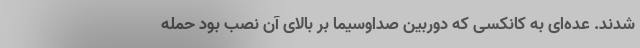
شدند. عده‌ای به کانکسی که دوربین صداوسیما بر بالای آن نصب بود حمله